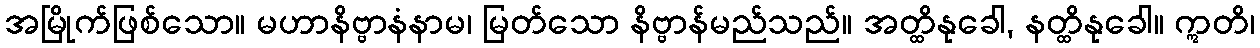
အမြိုက်ဖြစ်သော။ မဟာနိဗ္ဗာနံနာမ၊ မြတ်သော နိဗ္ဗာန်မည်သည်။ အတ္ထိနုခေါ, နတ္ထိနုခေါ။ ဣတိ၊